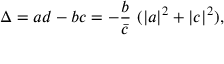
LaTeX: \Delta = a d - b c = - \frac { b } { \bar { c } } \ ( \vert a \vert ^ { 2 } + \vert c \vert ^ { 2 } ) ,